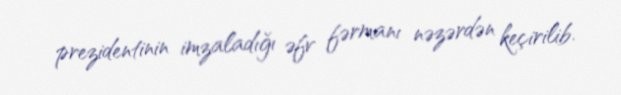
prezidentinin imzaladığı əfv fərmanı nəzərdən keçirilib.